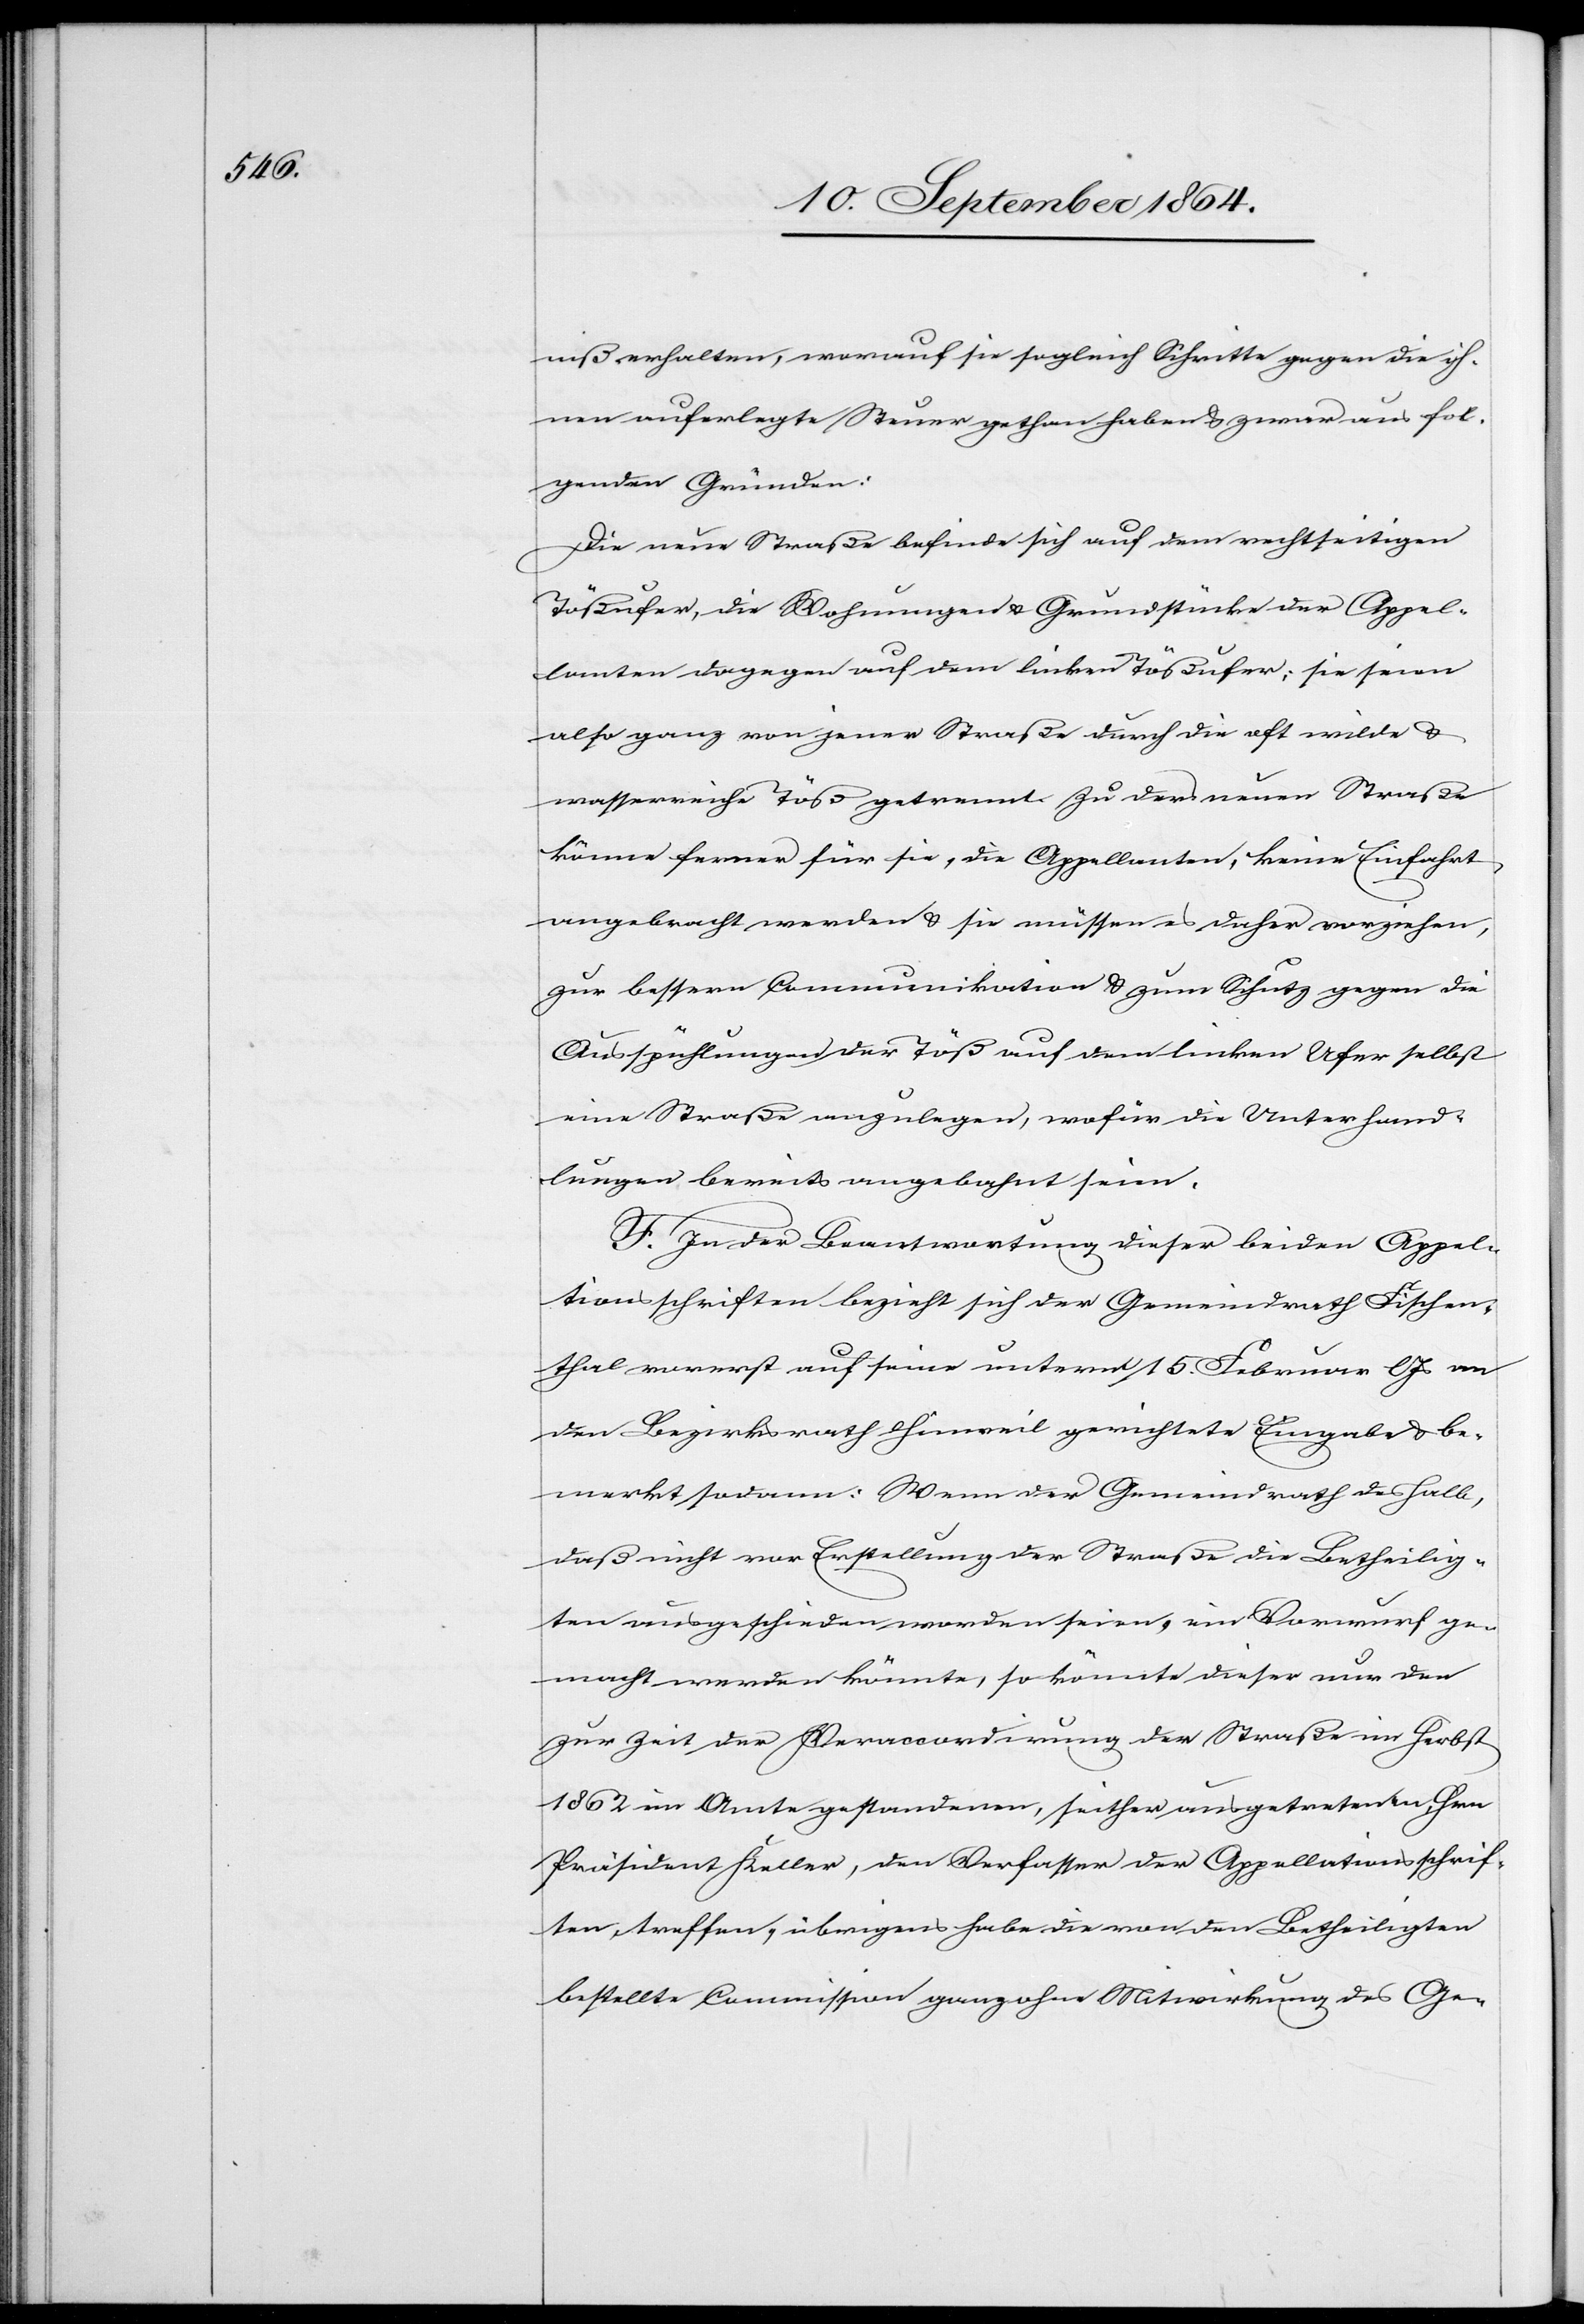
niß erhalten, worauf sie sogleich Schritte gegen die ih¬
nen auferlegte Steuer gethan haben & zwar aus fol¬
genden Gründen:
Die neue Straße befinde sich auf dem rechtseitigen
Tößufer, die Wohnungen & Grundstücke der Appel¬
lanten dagegen auf dem linken Tößufer; sie seien
also ganz von jener Straße durch die oft wilde &
wasserreiche Töß getrennt. Zu der neuen Straße
könne ferner für sie, die Appellanten, keine Einfahrt
angebracht werden & sie müssen es daher vorziehen,
zur bessern Communikation & zum Schutz gegen die
Ausspühlungen der Töß auf dem linken Ufer selbst
eine Straße anzulegen, wofür die Unterhand¬
lungen bereits angebahnt seien.
F. In der Beantwortung dieser beiden Appel[l¬
a]tionsschriften bezieht sich der Gemeindrath Fischen¬
thal vorerst auf seine unterm 15. Februar l. Js an
den Bezirksrath Hinweil gerichtete Eingabe & be¬
merkt sodann: Wenn der [sic!] Gemeindrath deshalb,
daß nicht vor Erstellung der Straße die Betheilig¬
ten ausgeschieden worden seien, ein Vorwurf ge¬
macht werden könnte, so könnte dieser nur den
zur Zeit der Veraccordirung der Straße im Herbst
1862 im Amte gestandenen, seither ausgetretenen, Hrn
Präsident Keller, den Verfasser der Appellationsschrif¬
ten, treffen; übrigens habe die von den Betheiligten
bestellte Commission ganz ohne Mitwirkung des Ge-